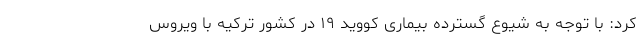
کرد: با توجه به شیوع گسترده بیماری کووید ۱۹ در کشور ترکیه با ویروس